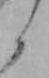
と